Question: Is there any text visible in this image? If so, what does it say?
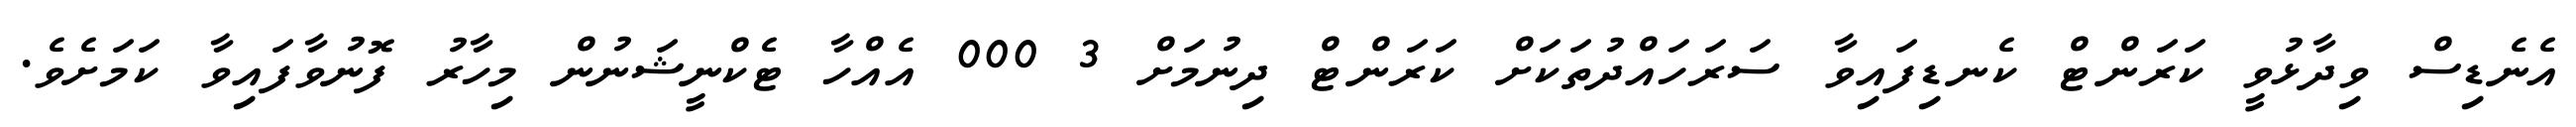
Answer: އެނެޑިސް ވިދާޅުވީ ކަރަންޓް ކެނޑިފައިވާ ސަރަހައްދުތަކަށް ކަރަންޓް ދިނުމަށް 3 000 އެއްހާ ޓެކްނީޝަނުން މިހާރު ފޮނުވާފައިވާ ކަމަށެވެ.